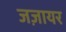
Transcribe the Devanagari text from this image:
जज़ायर